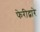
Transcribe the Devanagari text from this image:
फेरीद्वारे